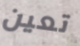
تعين